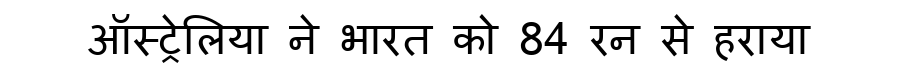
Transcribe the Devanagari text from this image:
ऑस्ट्रेलिया ने भारत को 84 रन से हराया